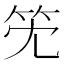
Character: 𥫹